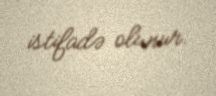
istifadə olunur.